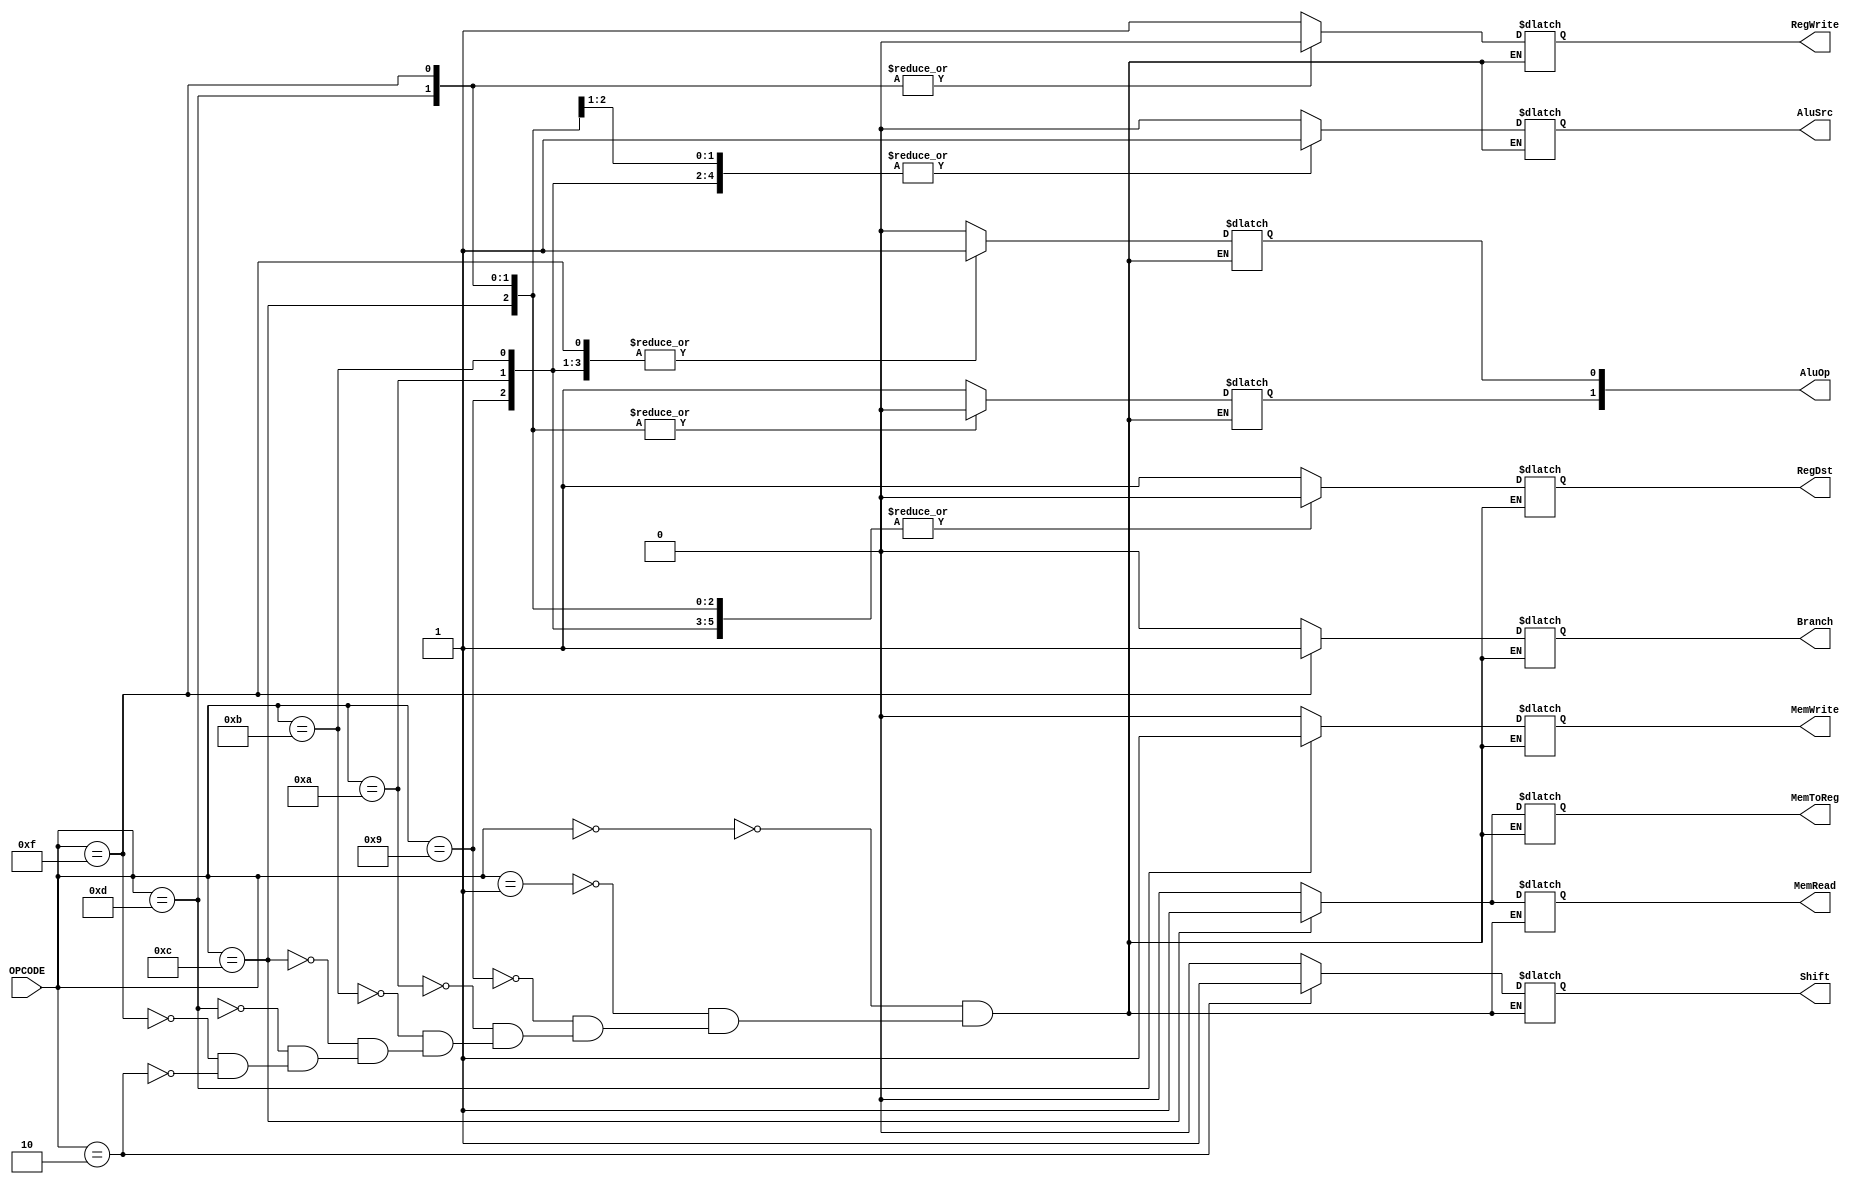
`timescale 1ns / 1ps

module CU(
    input [3:0] OPCODE, //HYRJA NGA D_OUT_1
    output reg RegDst, //DALJET E CU, CU_OUT_x
    output reg Branch,
    output reg MemRead,
    output reg MemToReg,
    output reg[1:0] AluOp,
    output reg MemWrite,
    output reg AluSrc,
    output reg RegWrite,
	output reg Shift
    );
    
    
always @ (OPCODE)
begin
//dekoderi
case(OPCODE)
4'b0000: //PER AND, OR, XOR
    begin
    RegDst = 1;
    AluSrc = 0;
	MemToReg = 0;
	RegWrite = 1;
	MemRead = 0;
	MemWrite = 0;
	AluOp[1] = 1;
    AluOp[0] = 0;	
	Branch =0;
	Shift=0;
    end
	
4'b0001: //ADD dhe SUB
    begin
    RegDst = 1;
    AluSrc = 0;
	MemToReg = 0;
	RegWrite = 1;
	MemRead = 0;
	MemWrite = 0;
	AluOp[1] = 1;
    AluOp[0] = 0;	
	Branch =0;
	Shift=0;
    end
	
4'b1001: //ADDI
    begin
    RegDst = 0;
    AluSrc = 1;
	MemToReg = 0;
	RegWrite = 1;
	MemRead = 0;
	MemWrite = 0;
	AluOp[1] = 1;
    AluOp[0] = 1;	
	Branch =0;
	Shift=0;
    end
	
4'b1010: //SUBI
    begin
    RegDst = 0;
    AluSrc = 1;
	MemToReg = 0;
	RegWrite = 1;
	MemRead = 0;
	MemWrite = 0;
	AluOp[1] = 1;
    AluOp[0] = 1;	
	Branch =0;
	Shift=0;
    end	
	
4'b1011: //SLTI
    begin
    RegDst = 0;
    AluSrc = 1;
	MemToReg = 0;
	RegWrite = 1;
	MemRead = 0;
	MemWrite = 0;
	AluOp[1] = 1;
    AluOp[0] = 1;	
	Branch =0;
	Shift=0;
    end	
	
4'b1100: //LW
    begin
    RegDst = 0;
    AluSrc = 1;
	MemToReg = 1;
	RegWrite = 1;
	MemRead = 1;
	MemWrite = 0;
	AluOp[1] = 0;
    AluOp[0] = 0;	
	Branch =0;
	Shift=0;
    end	
4'b1101: //SW
    begin
    RegDst = 0;
    AluSrc = 1;
	MemToReg = 0;
	RegWrite = 0;
	MemRead = 0;
	MemWrite = 1;
	AluOp[1] = 0;
    AluOp[0] = 0;	
	Branch = 0;
	Shift=0;
    end	
4'b1111: //BEQ
    begin
    RegDst = 0;
    AluSrc = 0;
	MemToReg = 0;
	RegWrite = 0;
	MemRead = 0;
	MemWrite = 0;
	AluOp[1] = 0;
    AluOp[0] = 1;	
	Branch = 1;
	Shift=0;
    end
4'b0010: //SLL dhe SRA
    begin
    RegDst = 1;
    AluSrc = 1'bX;
	MemToReg = 0;
	RegWrite = 1;
	MemRead = 0;
	MemWrite = 0;
	AluOp[1] = 1;
    AluOp[0] = 0;	
	Branch = 0;
	Shift=1;
    end	
endcase

end

endmodule




//TESTIMI


`timescale 1ns / 1ps

module Test_CU();
  reg[3:0] opcode;
  wire RegDst, Branch, MemRead, MemToReg, MemWrite, AluSrc,RegWrite;
  wire[1:0] AluOp;
  
  initial
    $monitor("opcode=%b, RegDst=%b, Branch=%b, MemRead=%b, MemToReg=%b, MemWrite=%b , AluSrc=%b, RegWrite=%b,  AluOp=%b", opcode, RegDst, Branch, MemRead, MemToReg, MemWrite, AluSrc, RegWrite, AluOp);
  
  initial
    begin
      #0 opcode=4'b0000; 
      #5 opcode=4'b0001; 
      #5 opcode=4'b1001;
      #5 opcode=4'b1010;
      #5 opcode=4'b1011;
      #5 opcode=4'b1100;
      #5 opcode=4'b1101;
      #5 opcode=4'b1111;
      #5 opcode=4'b0010;
      #5 $finish;
    end
  
  
  CU CONTROL(opcode, RegDst, Branch, MemRead, MemToReg, AluOp,  MemWrite, AluSrc, RegWrite);
  
endmodule